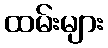
ထမ်းများ